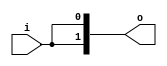

// Copyright (c) 2000-2009 Bluespec, Inc.

// Permission is hereby granted, free of charge, to any person obtaining a copy
// of this software and associated documentation files (the "Software"), to deal
// in the Software without restriction, including without limitation the rights
// to use, copy, modify, merge, publish, distribute, sublicense, and/or sell
// copies of the Software, and to permit persons to whom the Software is
// furnished to do so, subject to the following conditions:

// The above copyright notice and this permission notice shall be included in
// all copies or substantial portions of the Software.

// THE SOFTWARE IS PROVIDED "AS IS", WITHOUT WARRANTY OF ANY KIND, EXPRESS OR
// IMPLIED, INCLUDING BUT NOT LIMITED TO THE WARRANTIES OF MERCHANTABILITY,
// FITNESS FOR A PARTICULAR PURPOSE AND NONINFRINGEMENT. IN NO EVENT SHALL THE
// AUTHORS OR COPYRIGHT HOLDERS BE LIABLE FOR ANY CLAIM, DAMAGES OR OTHER
// LIABILITY, WHETHER IN AN ACTION OF CONTRACT, TORT OR OTHERWISE, ARISING FROM,
// OUT OF OR IN CONNECTION WITH THE SOFTWARE OR THE USE OR OTHER DEALINGS IN
// THE SOFTWARE.
//
// $Revision$
// $Date$

`ifdef BSV_ASSIGNMENT_DELAY
`else
`define BSV_ASSIGNMENT_DELAY
`endif

module Fork(i, o);

   parameter iw = 1;
   parameter ow = 2;

   input [iw - 1 : 0] i;
   
   output [ow - 1 : 0] o;

   assign 		      o = { i, i };
   
endmodule